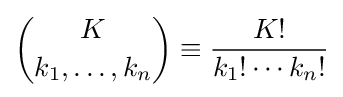
{\binom {K}{k_{1},\ldots ,k_{n}}}\equiv {\frac {K!}{k_{1}!\cdots k_{n}!}}